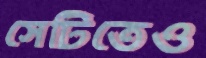
সেটিতেও